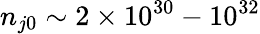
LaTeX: n_{j0}\sim 2\times 10^{30}-10^{32}